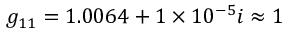
g _ { 1 1 } = 1 . 0 0 6 4 + 1 \times 1 0 ^ { - 5 } i \approx 1